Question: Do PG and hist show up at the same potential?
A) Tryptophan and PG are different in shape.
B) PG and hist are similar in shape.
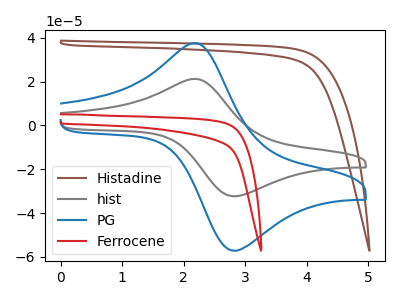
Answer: <think>The brown curve "Histadine" has no peaks. The gray curve "hist" has an anodic peak at (2.20V, 21.25uA) and a cathodic peak at (2.80V, -32.35uA). The blue curve "PG" has an anodic peak at (2.20V, 37.60uA) and a cathodic peak at (2.80V, -57.20uA). The red curve "Ferrocene" has no peaks.
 All the peaks in "PG" have a peak in "hist" at the same potential. Every peak in "PG" is higher than every peak in "hist".</think>
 <answer>B) "PG" and "hist" are similar in shape.</answer>
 <eval>B</eval>